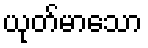
ယုတ်မာသော